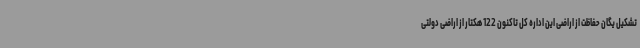
تشکیل یگان حفاظت از اراضی این اداره کل تاکنون 122 هکتار از اراضی دولتی